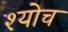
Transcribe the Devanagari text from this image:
श्योच